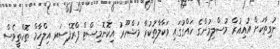
ނުވިތާކަށް އުއިޣުރް މުސްލިމުންގެ ހައްގުގައި ވަކާލާތުކުރާ މަޝްހޫރު އިކޮނޮމިސްޓް ޕްރޮފެސަރ އިލްހާމް ތޮހްތީވެސް